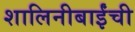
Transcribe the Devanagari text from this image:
शालिनीबाईंची